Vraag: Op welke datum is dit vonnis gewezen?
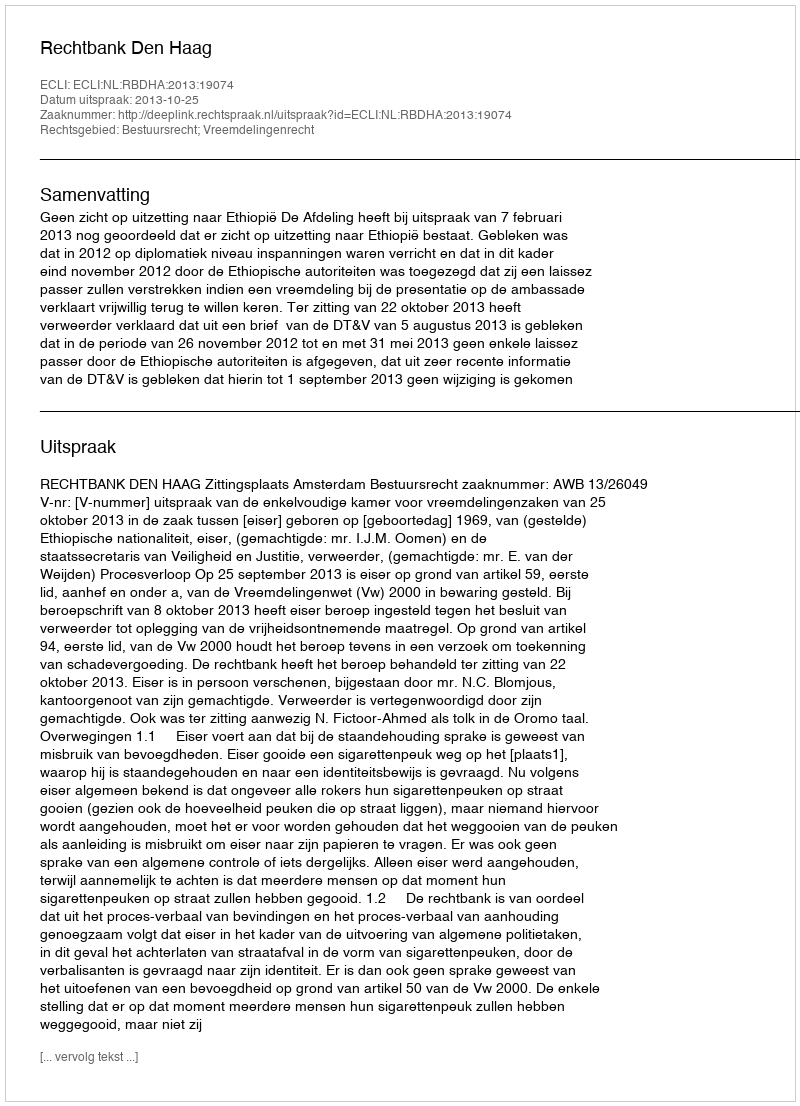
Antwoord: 2013-10-25